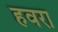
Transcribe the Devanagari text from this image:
हवरा